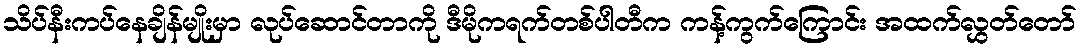
သိပ်နီးကပ်နေချိန်မျိုးမှာ လုပ်ဆောင်တာကို ဒီမိုကရက်တစ်ပါတီက ကန့်ကွက်ကြောင်း အထက်လွှတ်တော်